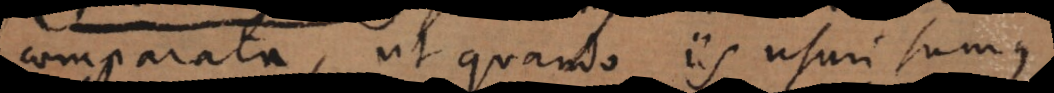
comparata, ut quando iis usuri sumus